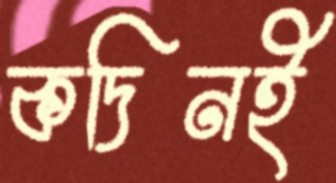
কদিনই